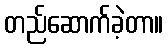
တည်ဆောက်ခဲ့တာ။